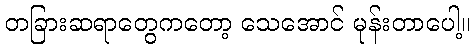
တခြားဆရာတွေကတော့ သေအောင် မုန်းတာပေါ့။